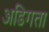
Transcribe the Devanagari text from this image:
अडिगता